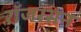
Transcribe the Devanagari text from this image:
रॉजरसन